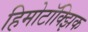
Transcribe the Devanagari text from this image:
हिमोटॉक्झिक